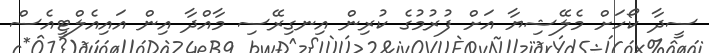
ސީދާ ކޯހަށް މެލޭޝިޔާ އަށް ފުރުމުގެ ކުރިން އިނގިރޭސި މާއްދާ އިން އައިއެލްޓީއެސް